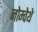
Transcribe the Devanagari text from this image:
नोम्वेथे